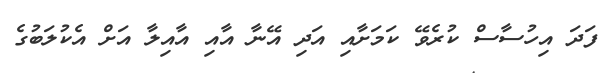
ފަދަ އިހުސާސް ކުރެވޭ ކަމަށާއި އަދި އޭނާ އާއި އާއިލާ އަށް އެކުލަބުގެ